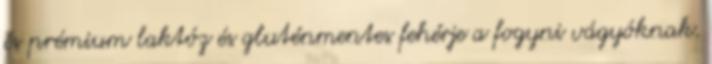
és prémium laktóz és gluténmentes fehérje a fogyni vágyóknak.